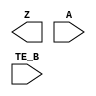
/**
 * Copyright 2020 The SkyWater PDK Authors
 *
 * Licensed under the Apache License, Version 2.0 (the "License");
 * you may not use this file except in compliance with the License.
 * You may obtain a copy of the License at
 *
 *     https://www.apache.org/licenses/LICENSE-2.0
 *
 * Unless required by applicable law or agreed to in writing, software
 * distributed under the License is distributed on an "AS IS" BASIS,
 * WITHOUT WARRANTIES OR CONDITIONS OF ANY KIND, either express or implied.
 * See the License for the specific language governing permissions and
 * limitations under the License.
 *
 * SPDX-License-Identifier: Apache-2.0
 */

`ifndef SKY130_FD_SC_LP__EBUFN_BLACKBOX_V
`define SKY130_FD_SC_LP__EBUFN_BLACKBOX_V

/**
 * ebufn: Tri-state buffer, negative enable.
 *
 * Verilog stub definition (black box without power pins).
 *
 * WARNING: This file is autogenerated, do not modify directly!
 */

`timescale 1ns / 1ps
`default_nettype none

(* blackbox *)
module sky130_fd_sc_lp__ebufn (
    Z   ,
    A   ,
    TE_B
);

    output Z   ;
    input  A   ;
    input  TE_B;

    // Voltage supply signals
    supply1 VPWR;
    supply0 VGND;
    supply1 VPB ;
    supply0 VNB ;

endmodule

`default_nettype wire
`endif  // SKY130_FD_SC_LP__EBUFN_BLACKBOX_V